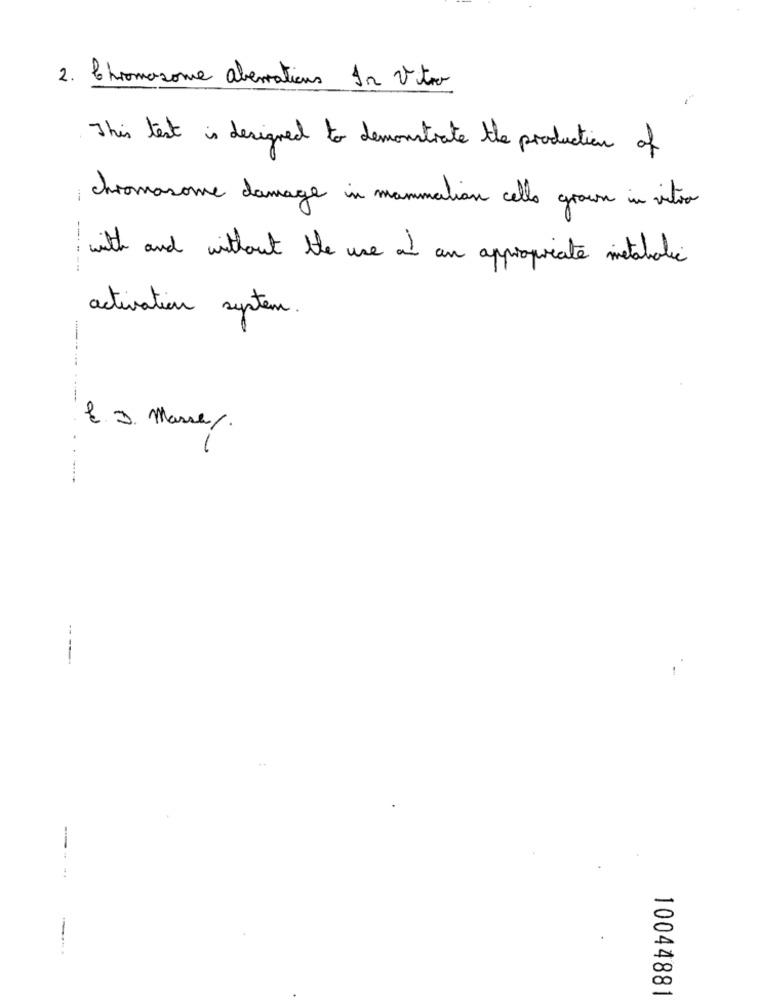
2. Chromosome aberrations In Vitro
This test is designed to demonstrate the production of
chromosome damage in mammalion cello grown in vitro
with and without the use of an appropriate metaholic
--- - --
activation system.
------
E. J. Masse.
----
--
10044881